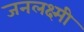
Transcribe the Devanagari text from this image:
जनलक्ष्मी